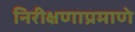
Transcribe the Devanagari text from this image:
निरीक्षणाप्रमाणे